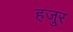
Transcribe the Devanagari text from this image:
हजुर